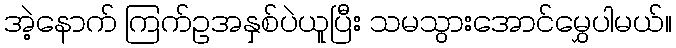
အဲ့နောက် ကြက်ဥအနှစ်ပဲယူပြီး သမသွားအောင်မွှေပါမယ်။